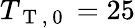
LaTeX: T_{\mathrm{~T~,~0~}}=25